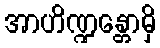
အာဟိဏ္ဍန္တောမှိ